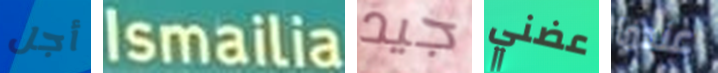
أجل Ismailia جيد عضني عندما